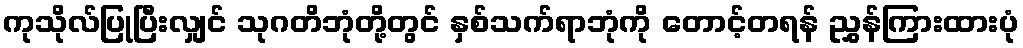
ကုသိုလ်ပြုပြီးလျှင် သုဂတိဘုံတို့တွင် နှစ်သက်ရာဘုံကို တောင့်တရန် ညွှန်ကြားထားပုံ